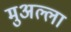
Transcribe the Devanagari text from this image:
मुअल्ला